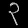
Digit: ၃